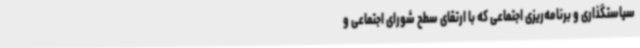
سیاستگذاری و برنامه‌ریزی اجتماعی که با ارتقای سطح شورای اجتماعی و